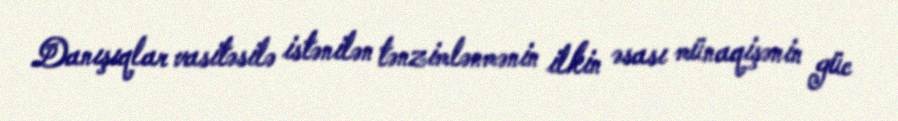
Danışıqlar vasitəsilə istənilən tənzimlənmənin ilkin əsası münaqişənin güc